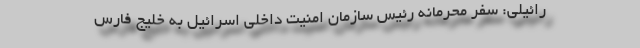
رائیلی: سفر محرمانه رئیس سازمان امنیت داخلی اسرائیل به خلیج فارس